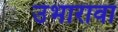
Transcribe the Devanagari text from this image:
उभारावा